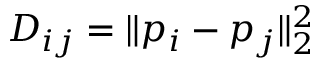
D _ { i j } = \| \boldsymbol { p _ { i } } - \boldsymbol { p _ { j } } \| _ { 2 } ^ { 2 }